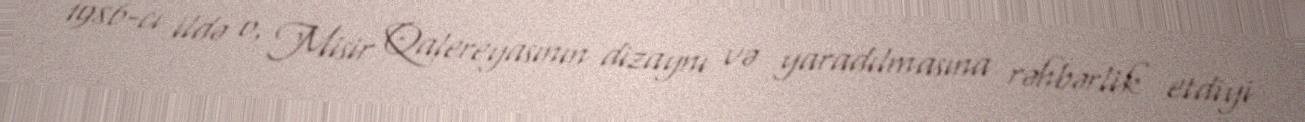
1986-cı ildə o, Misir Qalereyasının dizaynı və yaradılmasına rəhbərlik etdiyi